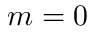
m = 0